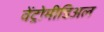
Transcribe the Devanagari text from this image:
वेंट्रोमीडिअल